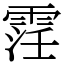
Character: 䨙